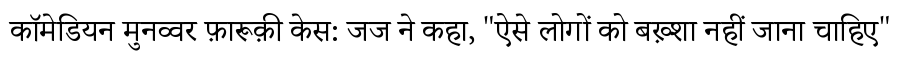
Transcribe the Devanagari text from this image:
कॉमेडियन मुनव्वर फ़ारूक़ी केस: जज ने कहा, "ऐसे लोगों को बख़्शा नहीं जाना चाहिए"